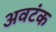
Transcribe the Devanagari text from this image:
अवटंक